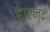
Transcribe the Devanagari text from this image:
हाएन्द